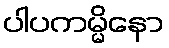
ပါပကမ္မိနော